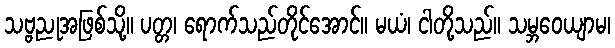
သဗ္ဗညုအဖြစ်သို့။ ပတ္တ၊ ရောက်သည်တိုင်အောင်။ မယံ၊ ငါတို့သည်။ သမ္ဘဝေယျာမ၊